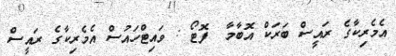
އެމެރިކާގެ ރައީސް ބަރަކް އޮބާމާ  ފޮޓޯ : ވައިޓްހައުސް އެމެރިކާގެ ރައީސް